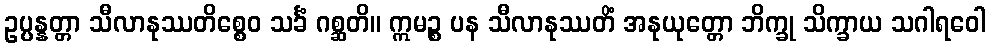
ဥပ္ပန္နတ္တာ သီလာနုဿတိစ္စေဝ သင်္ခံ ဂစ္ဆတိ။ ဣမဉ္စ ပန သီလာနုဿတိံ အနုယုတ္တော ဘိက္ခု သိက္ခာယ သဂါရဝေါ